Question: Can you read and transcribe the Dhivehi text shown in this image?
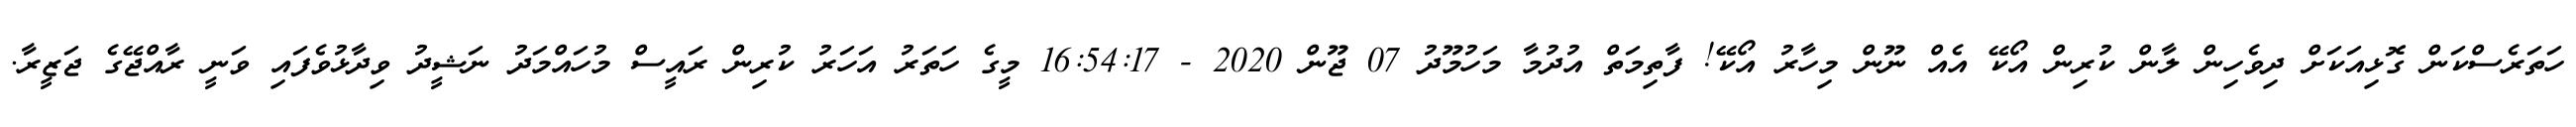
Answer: ހަތަރެސްކަން ގޮޅިއަކަށް ދިވެހިން ލާން ކުރިން އޯކޭ އެއް ނޫން މިހާރު އޯކޭ! ފާތިމަތް އުދުމާ މަހުމޫދު 07 ޖޫން 2020 - 16:54:17 މީގެ ހަތަރު އަހަރު ކުރިން ރައީސް މުހައްމަދު ނަޝީދު ވިދާޅުވެފައި ވަނީ ރާއްޖޭގެ ޖަޒީރާ.